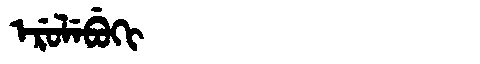
Manchu: ᡝᡵᡠᠯᡝᠪᡠᡴᡳ
Romanization: ERULEBUKI